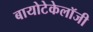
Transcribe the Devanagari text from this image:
बायोटेकेलॉजी